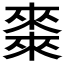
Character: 𠐇